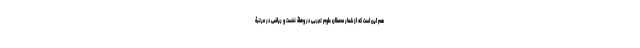
هم این است که از شمار محصلان علوم تجربی در وهلۀ نخست و ریاضی در مرتبۀ